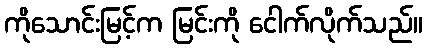
ကိုသောင်းမြင့်က မြင်းကို ငေါက်လိုက်သည်။